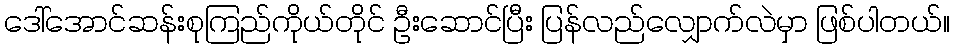
ဒေါ်အောင်ဆန်းစုကြည်ကိုယ်တိုင် ဦးဆောင်ပြီး ပြန်လည်လျှောက်လဲမှာ ဖြစ်ပါတယ်။